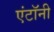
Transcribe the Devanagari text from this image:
एंटॉनी